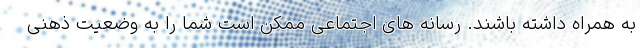
به همراه داشته باشند. رسانه های اجتماعی ممکن است شما را به وضعیت ذهنی